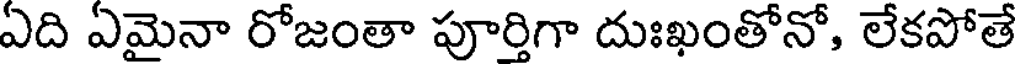
ఏది ఏమైనా రోజంతా పూర్తిగా దుఃఖంతోనో, లేకపోతే